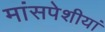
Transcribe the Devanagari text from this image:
मांसपेशीयां